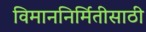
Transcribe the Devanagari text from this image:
विमाननिर्मितीसाठी